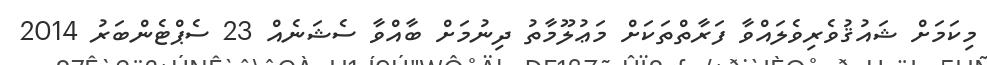
މިކަމަށް ޝައުޤުވެރިވެލައްވާ ފަރާތްތަކަށް މަޢުލޫމާތު ދިނުމަށް ބާއްވާ ސެޝަނެއް 23 ސެޕްޓެންބަރު 2014